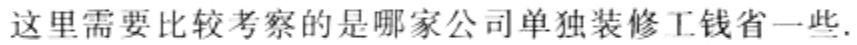
这里需要比较考察的是哪家公司单独装修工钱省一些.